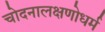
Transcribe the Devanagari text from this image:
चोदनालक्षणोधर्म